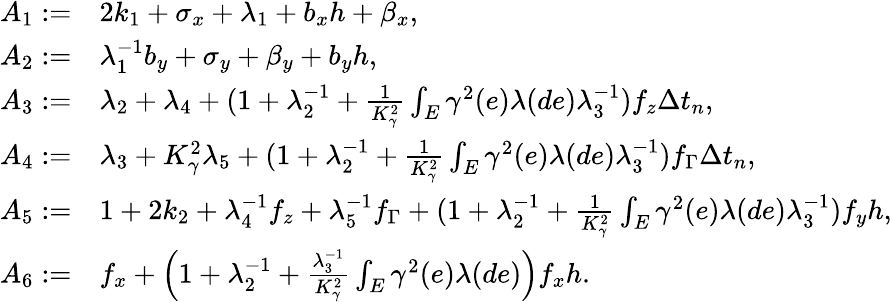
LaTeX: \begin{array}{rl}{A_{1}:=}&{2k_{1}+\sigma_{x}+\lambda_{1}+b_{x}h+\beta_{x},}\\ {A_{2}:=}&{\lambda_{1}^{-1}b_{y}+\sigma_{y}+\beta_{y}+b_{y}h,}\\ {A_{3}:=}&{\lambda_{2}+\lambda_{4}+(1+\lambda_{2}^{-1}+\frac{1}{K_{\gamma}^{2}}\int_{E}\gamma^{2}(e)\lambda(de)\lambda_{3}^{-1})f_{z}\Delta t_{n},}\\ {A_{4}:=}&{\lambda_{3}+K_{\gamma}^{2}\lambda_{5}+(1+\lambda_{2}^{-1}+\frac{1}{K_{\gamma}^{2}}\int_{E}\gamma^{2}(e)\lambda(de)\lambda_{3}^{-1})f_{\Gamma}\Delta t_{n},}\\ {A_{5}:=}&{1+2k_{2}+\lambda_{4}^{-1}f_{z}+\lambda_{5}^{-1}f_{\Gamma}+(1+\lambda_{2}^{-1}+\frac{1}{K_{\gamma}^{2}}\int_{E}\gamma^{2}(e)\lambda(de)\lambda_{3}^{-1})f_{y}h,}\\ {A_{6}:=}&{f_{x}+\left(1+\lambda_{2}^{-1}+\frac{\lambda_{3}^{-1}}{K_{\gamma}^{2}}\int_{E}\gamma^{2}(e)\lambda(de)\right)f_{x}h.}\end{array}